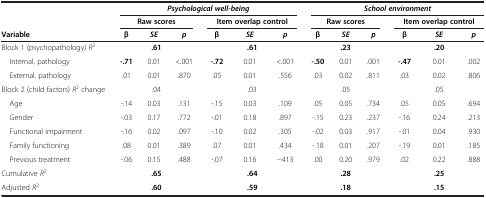
<table><thead><tr><td rowspan="2"><b> </b></td><td colspan="6"><b><i>Psychological well-being</i></b></td><td colspan="6"><b><i>School environment</i></b></td></tr><tr><td colspan="3"><b>Raw scores</b></td><td colspan="3"><b>Item overlap control</b></td><td colspan="3"><b>Raw scores</b></td><td colspan="3"><b>Item overlap control</b></td></tr><tr><td><b>Variable</b></td><td><b>β</b></td><td><b><i>SE</i></b></td><td><b><i>p</i></b></td><td><b>β</b></td><td><b><i>SE</i></b></td><td><b><i>p</i></b></td><td><b>β</b></td><td><b><i>SE</i></b></td><td><b><i>p</i></b></td><td><b>β</b></td><td><b><i>SE</i></b></td><td><b><i>p</i></b></td></tr></thead><tbody><tr><td>Block 1 (psychopathology) <i>R</i><sup>2</sup></td><td colspan="3"><b>.61</b></td><td colspan="3"><b>.61</b></td><td colspan="3"><b>.23</b></td><td colspan="3"><b>.20</b></td></tr><tr><td> Internal. pathology</td><td><b>-.71</b></td><td>0.01</td><td>&lt;.001</td><td><b>-.72</b></td><td>0.01</td><td>&lt;.001</td><td><b>-.50</b></td><td>0.01</td><td>.001</td><td><b>-.47</b></td><td>0.01</td><td>.002</td></tr><tr><td> External. pathology</td><td>.01</td><td>0.01</td><td>.870</td><td>.05</td><td>0.01</td><td>.556</td><td>.03</td><td>0.02</td><td>.811</td><td>.03</td><td>0.02</td><td>.806</td></tr><tr><td>Block 2 (child factors) <i>R</i><sup>2</sup> change</td><td colspan="3">.04</td><td colspan="3">.03</td><td colspan="3">.05</td><td colspan="3">.05</td></tr><tr><td> Age</td><td>-.14</td><td>0.03</td><td>.131</td><td>-.15</td><td>0.03</td><td>.109</td><td>.05</td><td>0.05</td><td>.734</td><td>.05</td><td>0.05</td><td>.694</td></tr><tr><td> Gender</td><td>-.03</td><td>0.17</td><td>.772</td><td>-.01</td><td>0.18</td><td>.897</td><td>-.15</td><td>0.23</td><td>.237</td><td>-.16</td><td>0.24</td><td>.213</td></tr><tr><td> Functional impairment</td><td>-.16</td><td>0.02</td><td>.097</td><td>-.10</td><td>0.02</td><td>.305</td><td>-.02</td><td>0.03</td><td>.917</td><td>-.01</td><td>0.04</td><td>.930</td></tr><tr><td> Family functioning</td><td>.08</td><td>0.01</td><td>.389</td><td>.07</td><td>0.01</td><td>.434</td><td>-.18</td><td>0.01</td><td>.207</td><td>-.19</td><td>0.01</td><td>.185</td></tr><tr><td> Previous treatment</td><td>-.06</td><td>0.15</td><td>.488</td><td>-.07</td><td>0.16</td><td>−413</td><td>.00</td><td>0.20</td><td>.979</td><td>.02</td><td>0.22</td><td>.888</td></tr><tr><td>Cumulative <i>R</i><sup>2</sup></td><td colspan="3"><b>.65</b></td><td colspan="3"><b>.64</b></td><td colspan="3"><b>.28</b></td><td colspan="3"><b>.25</b></td></tr><tr><td>Adjusted <i>R</i><sup>2</sup></td><td colspan="3"><b>.60</b></td><td colspan="3"><b>.59</b></td><td colspan="3"><b>.18</b></td><td colspan="3"><b>.15</b></td></tr></tbody></table>